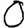
Digit: 0